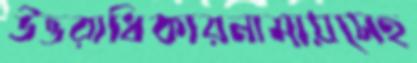
উত্তরাধিকারনামায়সেহ